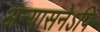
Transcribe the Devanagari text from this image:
अन्यासनेऽपि